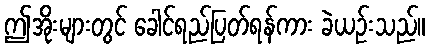
ဤအိုးများတွင် ခေါင်ရည်ပြတ်ရန်ကား ခဲယဉ်းသည်။